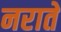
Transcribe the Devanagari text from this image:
नराते